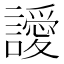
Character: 𮙀